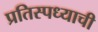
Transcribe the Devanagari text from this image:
प्रतिस्पध्याची